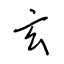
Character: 玄